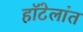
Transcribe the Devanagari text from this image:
हॉटेलांत